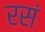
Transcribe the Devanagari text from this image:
रसं